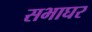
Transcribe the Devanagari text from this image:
सभाघर